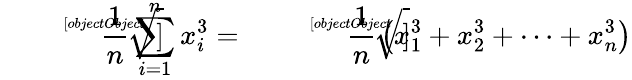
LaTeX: {\sqrt[[objectObject]]{{\frac{1}{n}}\sum_{i=1}^{n}x_{i}^{3}}}={\sqrt[[objectObject]]{{\frac{1}{n}}\left(x_{1}^{3}+x_{2}^{3}+\cdots+x_{n}^{3}\right)}}